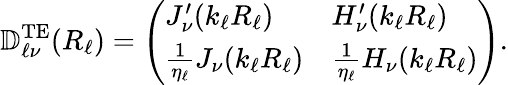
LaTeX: \mathbb{D}_{\ell\nu}^{\mathrm{TE}}(R_{\ell})=\left(\begin{array}{ll}{J_{\nu}^{\prime}(k_{\ell}R_{\ell})}&{H_{\nu}^{\prime}(k_{\ell}R_{\ell})}\\ {\frac{1}{\eta_{\ell}}J_{\nu}(k_{\ell}R_{\ell})}&{\frac{1}{\eta_{\ell}}H_{\nu}(k_{\ell}R_{\ell})}\end{array}\right).